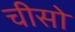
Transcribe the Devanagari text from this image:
चीसो